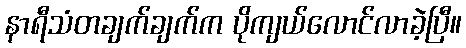
နာရီသံတချက်ချက်က ပိုကျယ်လောင်လာခဲ့ပြီ။